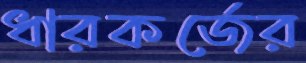
ধারকর্জের